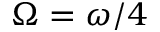
\Omega = \omega / 4